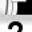
Digit: 7